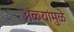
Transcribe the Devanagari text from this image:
अळ्यांमुळे